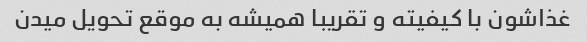
غذاشون با کیفیته و تقریبا همیشه به موقع تحویل میدن